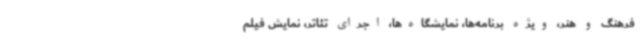
فرهنگ و هنر، ویژه برنامه‌ها، نمایشگاه‌ها، اجرای تئاتر، نمایش فیلم